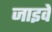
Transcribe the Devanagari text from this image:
जाइवे